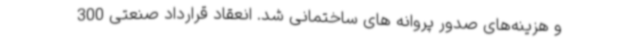
و هزینه‌های صدور پروانه های ساختمانی شد. انعقاد قرارداد صنعتی 300